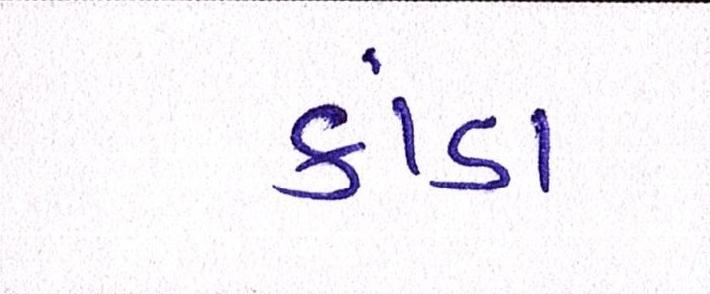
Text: કાંડા